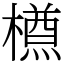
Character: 𣜃